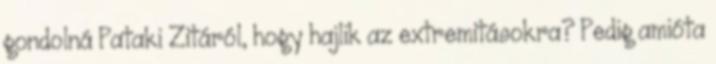
gon­dolná Pa­taki Zi­tá­ról, hogy haj­lik az ext­re­mi­tá­sokra? Pedig ami­óta